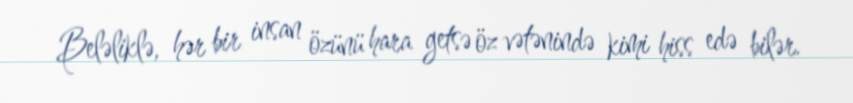
Beləliklə, hər bir insan özünü hara getsə öz vətənində kimi hiss edə bilər.